Vaccination in Bombay 1863-1868 - 1863-1868
Year: 1863
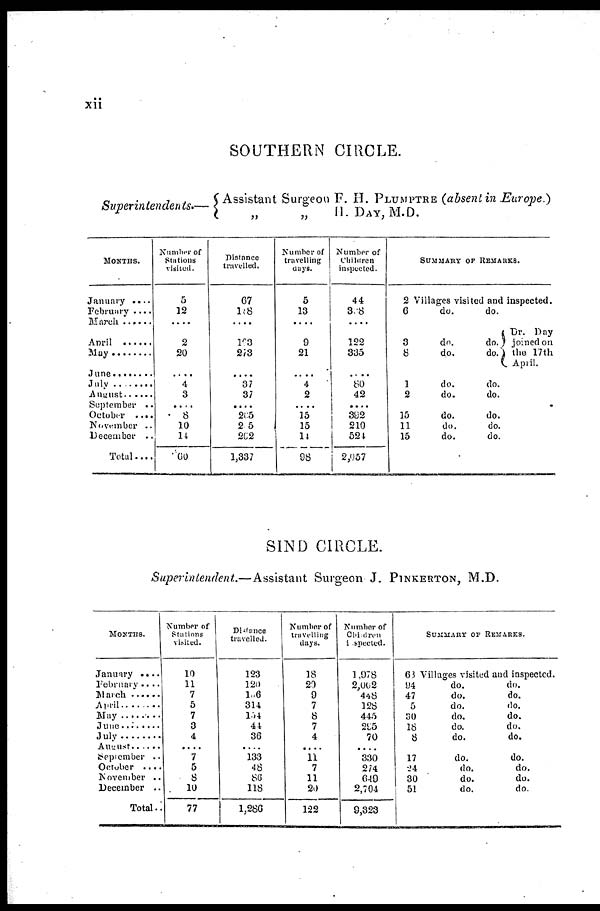
xii
SOUTHERN CIRCLE.
Superintendents.—
Assistant Surgeon F. H. PLUMPTRE (absent in Europe.)
„
„
II. DAY, M.D.
MONTHS.
January . . . .
February. . . .
March . . . .
April . . . .
May . . . .
June . . . . . . . .
July . . . . . . . .
August . . . . . .
September . .
October . . . .
November . .
December . .
Total. . . .
Number of
Stations
visited.
5
12
....
2
20
....
4
3
....
8
10
14
60
Distance
travelled.
67
108
....
163
273
....
37
37
....
205
205
262
1,337
Number of
travelling
days.
5
13
....
9
21
....
4
2
....
15
15
14
98
Number of
Children
inspected.
44
308
....
122
335
....
80
42
....
392
210
524
2,057
SUMMARY OF REMARKS.
2 Villages visited and inspected.
6
do.
3
8
1
2
15
11
15
do.
do.
do.
do.
do.
do.
do.
do.
do.
do.
do.
do.
do.
do.
do.
Dr. Day
joined on
the 17th
April.
SIND CIRCLE.
Superintendent.—Assistant Surgeon J. PINKERTON, M.D.
MONTHS.
January . . . .
February. . . .
March . . . . . . .
April . . . . . . .
May . . . . . . . .
June . . . . . . . .
July . . . . . . . .
August . . . . . .
September . .
October . . . .
November . .
December . .
Total . .
Number of
Stations
visited.
10
11
7
5
7
3
4
....
7
5
8
10
77
Distance
travelled.
123
120
106
314
154
44
36
....
133
48
86
118
1,286
Number of
travelling
days.
18
20
9
7
8
7
4
....
11
7
11
20
122
Number of
Children
inspected.
1,978
2,002
448
128
445
295
70
....
330
274
649
2,704
9,323
SUMMARY OF REMARKS.
63 Villages visited and inspected.
94
47
5
30
18
8
17
24
30
51
do.
do.
do.
do.
do.
do.
do.
do.
do.
do.
do.
do.
do.
do.
do.
do.
do.
do.
do.
do.